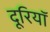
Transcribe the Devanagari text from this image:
दूरियॉ